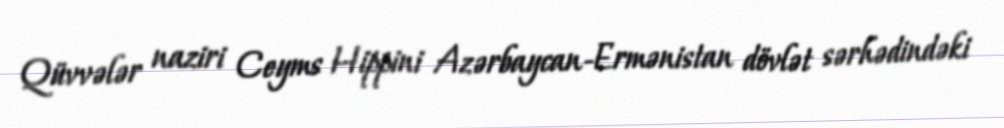
Qüvvələr naziri Ceyms Hippini Azərbaycan-Ermənistan dövlət sərhədindəki